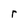
Character: r